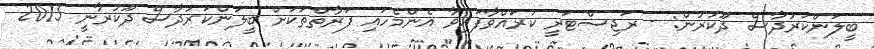
ބީލަންކަރުދާސް ދޫކުރުން: - ރަޖިސްޓަރީ ކުރަައްވާފައިވާ އެންމެހައި ފަރާތްތަކަށް ބީލަންކަރުދާސް ދޫކުރާނީ 2015